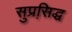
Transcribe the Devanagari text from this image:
सुप्रसि़द्घ